Lunatic asylums Punjab 1868-1880 - 1868-1880
Year: 1868
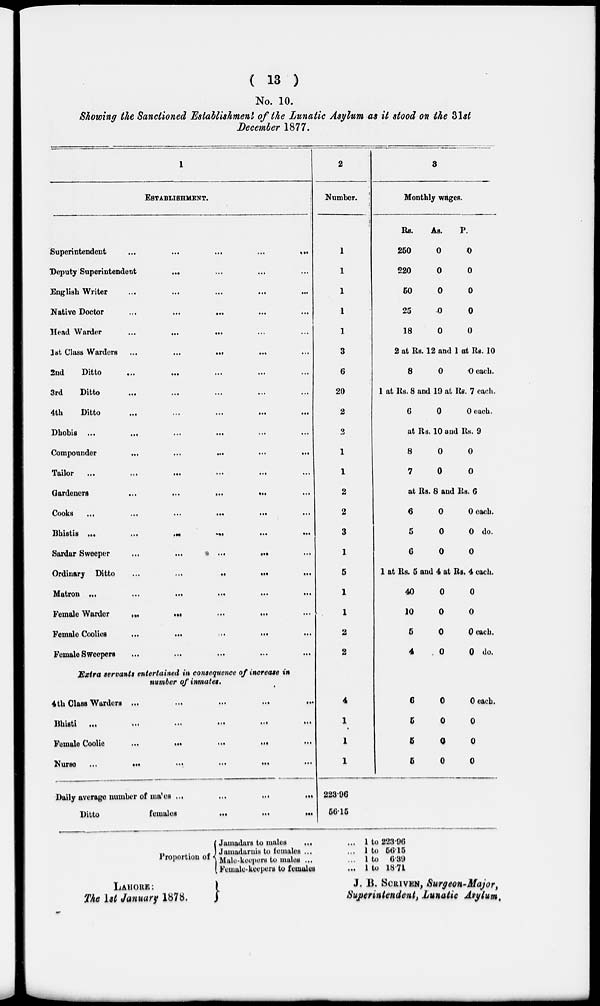
( 13 )
No. 10.
Showing the Sanctioned Establishment of the Lunatic Asylum as it stood on the 31st
December 1877.
1
ESTABLISHMENT.
Superintendent
...
...
...
...
...
Deputy Superintendent ... ... ... ...
English Writer ... ... ... ... ...
Native Doctor
...
...
...
...
...
Head Warder
...
...
...
...
...
1st Class Warders
...
...
...
...
...
2nd
Ditto ... ... ... ... ...
3rd
Ditto ... ... ... ... ...
4th
Ditto ... ... ... ... ...
Dhobis ... ... ... ... ... ...
Compounder
...
...
...
...
...
Tailor
...
...
...
...
...
...
Gardeners
... ... ... ... ...
Cooks
...
...
...
... ... ...
Bhistis ...
...
...
...
...
...
Sardar Sweeper
...
...
...
... ...
Ordinary Ditto
...
... ... ... ...
Matron ...
...
... ... ... ... ...
Female Warder ... ... ... ... ...
Female Coolies
... ... ... ... ...
Female Sweepers
... ... ... ... ...
Extra servants entertained in consequence of increase in
number of inmates.
4th Class Warders ...
...
...
...
...
Bhisti
...
...
...
...
...
...
Female Coolie
...
...
...
...
...
Nurse
...
...
...
...
...
...
Daily average number of males
...
...
...
...
Ditto
females
...
...
...
2
Number.
1
1
1
1
1
3
6
20
2
2
1
1
2
2
3
1
5
1
1
2
2
4
1
1
1
223.96
56.15
3
Monthly wages.
Rs.
250
220
50
25
18
As.
0
0
0
0
0
P.
0
0
0
0
0
2 at Rs. 12 and 1 at Rs. 10
8
0
0 each.
1 at Rs. 8 and 19 at Rs. 7 each.
6
0
0 each.
at Rs. 10 and Rs. 9
8
7
0
0
0
0
at Rs.8 and Rs. 6
6
5
6
0
0
0
0 each.
0 do.
0
1 at Rs. 5 and 4 at Rs. 4 each.
40
10
5
4
6
5
5
5
0
0
0
0
0
0
0
0
0
0
0 each.
0 do.
0 each.
0
0
0
Proportion of
Jamadars to males
... ...
Jamadarnis to females ... ...
Male-keepers to males ... ...
Female-keepers to females ...
1 to 223.96
1 to 56.15
1 to 6 .39
1 to 18.71
LAHORE:
The 1st January 1878.
J. B. SCRIVEN, Surgeon-Major,
Superintendent, Lunatic Asylum.